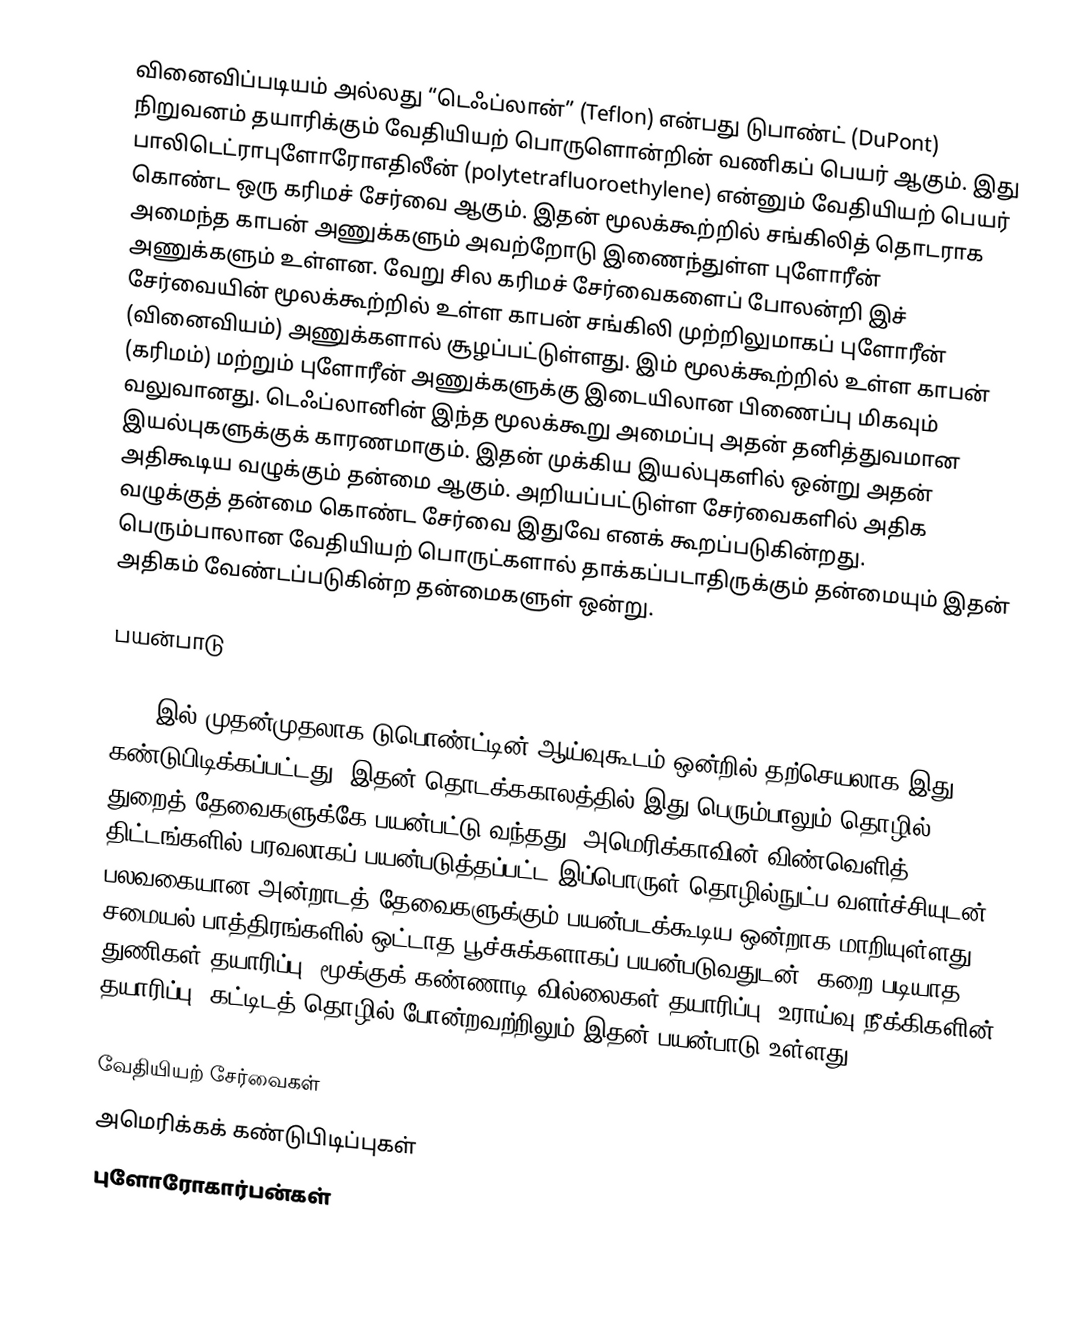
வினைவிப்படியம் அல்லது “டெஃப்லான்” (Teflon) என்பது டுபாண்ட் (DuPont) நிறுவனம் தயாரிக்கும் வேதியியற் பொருளொன்றின் வணிகப் பெயர் ஆகும். இது பாலிடெட்ராபுளோரோஎதிலீன் (polytetrafluoroethylene) என்னும் வேதியியற் பெயர் கொண்ட ஒரு கரிமச் சேர்வை ஆகும். இதன் மூலக்கூற்றில் சங்கிலித் தொடராக அமைந்த காபன் அணுக்களும் அவற்றோடு இணைந்துள்ள புளோரீன் அணுக்களும் உள்ளன. வேறு சில கரிமச் சேர்வைகளைப் போலன்றி இச் சேர்வையின் மூலக்கூற்றில் உள்ள காபன் சங்கிலி முற்றிலுமாகப் புளோரீன் (வினைவியம்) அணுக்களால் சூழப்பட்டுள்ளது. இம் மூலக்கூற்றில் உள்ள காபன் (கரிமம்)  மற்றும் புளோரீன் அணுக்களுக்கு இடையிலான பிணைப்பு மிகவும் வலுவானது. டெஃப்லானின் இந்த மூலக்கூறு அமைப்பு அதன் தனித்துவமான இயல்புகளுக்குக் காரணமாகும். இதன் முக்கிய இயல்புகளில் ஒன்று அதன் அதிகூடிய வழுக்கும் தன்மை ஆகும். அறியப்பட்டுள்ள சேர்வைகளில் அதிக வழுக்குத் தன்மை கொண்ட சேர்வை இதுவே எனக் கூறப்படுகின்றது. பெரும்பாலான வேதியியற் பொருட்களால் தாக்கப்படாதிருக்கும் தன்மையும் இதன் அதிகம் வேண்டப்படுகின்ற தன்மைகளுள் ஒன்று.

பயன்பாடு

1938 இல் முதன்முதலாக டுபொண்ட்டின் ஆய்வுகூடம் ஒன்றில் தற்செயலாக இது கண்டுபிடிக்கப்பட்டது. இதன் தொடக்ககாலத்தில் இது பெரும்பாலும் தொழில் துறைத் தேவைகளுக்கே பயன்பட்டு வந்தது. அமெரிக்காவின் விண்வெளித் திட்டங்களில் பரவலாகப் பயன்படுத்தப்பட்ட இப்பொருள் தொழில்நுட்ப வளர்ச்சியுடன் பலவகையான அன்றாடத் தேவைகளுக்கும் பயன்படக்கூடிய ஒன்றாக மாறியுள்ளது. சமையல் பாத்திரங்களில் ஒட்டாத பூச்சுக்களாகப் பயன்படுவதுடன், கறை படியாத துணிகள் தயாரிப்பு, மூக்குக் கண்ணாடி வில்லைகள் தயாரிப்பு, உராய்வு நீக்கிகளின் தயாரிப்பு, கட்டிடத் தொழில் போன்றவற்றிலும் இதன் பயன்பாடு உள்ளது.

வேதியியற் சேர்வைகள்
அமெரிக்கக் கண்டுபிடிப்புகள்
புளோரோகார்பன்கள்